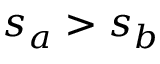
s _ { a } > s _ { b }